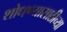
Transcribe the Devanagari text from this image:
शोधण्यासाठीच्या